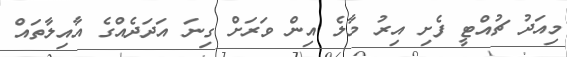
މިއަދު ޗުއްޓީ ފެށި އިރު މާލެ އިން ވަރަށް ގިނަ އަދަދެއްގެ އާއިލާތައް